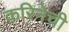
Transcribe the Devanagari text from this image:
करिनेची